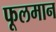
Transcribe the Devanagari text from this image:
फूलमान